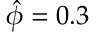
\hat { \phi } = 0 . 3